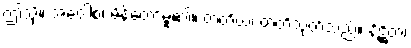
ဤသို့။ အဝေါစ၊ မိန့်တော်မူ၏။ တတိယံ၊ တတိသုတ်သည်။ နိဋ္ဌိတံ၊